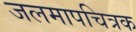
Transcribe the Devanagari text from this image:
जलमापचित्रक